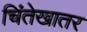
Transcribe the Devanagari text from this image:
चिंतेखातर